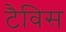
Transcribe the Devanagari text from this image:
टैविस